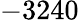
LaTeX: -3240